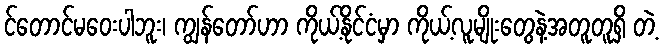
င်တောင်မဝေးပါဘူး၊ ကျွန်တော်ဟာ ကိုယ့်နိုင်ငံမှာ ကိုယ့်လူမျိုးတွေနဲ့အတူတူရှိ တဲ့